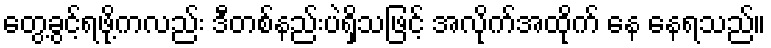
တွေ့ခွင့်ရဖို့ကလည်း ဒီတစ်နည်းပဲရှိသဖြင့် အလိုက်အထိုက် နေ နေရသည်။